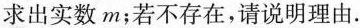
求出实数m；若不存在，请说明理由。